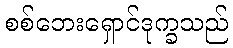
စစ်ဘေးရှောင်ဒုက္ခသည်